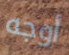
أوجه